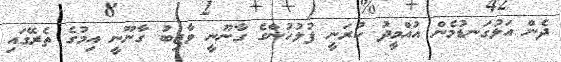
ދެން އަޅުގަނޑުމެން އުއްމީދު ކުރަނީ ފުލުހުންގެ ގާނޫނީ ވާޖިބު ގާނޫނީ އިމުގެ ތެރޭގައި